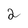
Character: 2